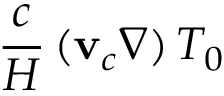
\frac { c } { H } \, ( \mathbf { v } _ { c } \nabla ) \, T _ { 0 }